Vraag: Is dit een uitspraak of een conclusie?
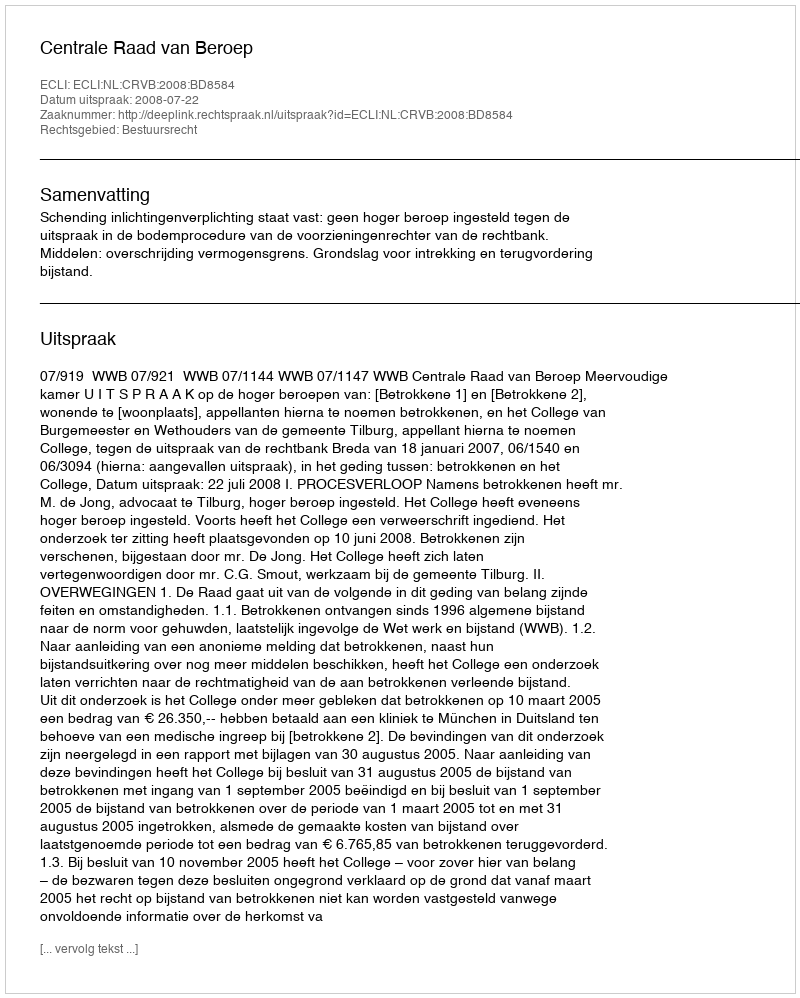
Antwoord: Uitspraak